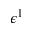
\epsilon ^ { 1 }